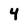
Character: 4